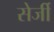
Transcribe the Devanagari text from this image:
सेर्जी